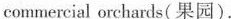
commercial orchards( 果园).